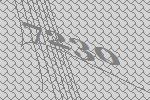
7230